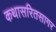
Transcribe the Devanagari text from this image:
कथासरितसागर